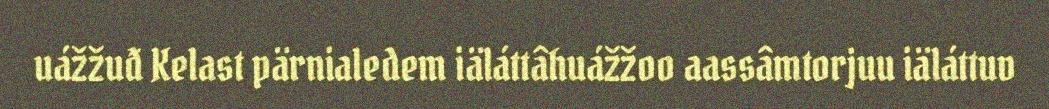
uážžuđ Kelast pärnialedem iäláttâhuážžoo aassâmtorjuu iäláttuv